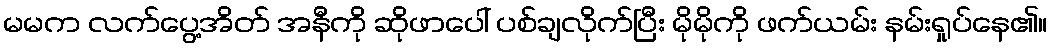
မမက လက်ပွေ့အိတ် အနီကို ဆိုဖာပေါ် ပစ်ချလိုက်ပြီး မိုမိုကို ဖက်ယမ်း နမ်းရှုပ်နေ၏။